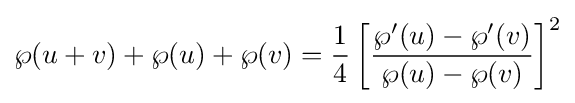
\wp (u+v)+\wp (u)+\wp (v)={\frac {1}{4}}\left[{\frac {\wp '(u)-\wp '(v)}{\wp (u)-\wp (v)}}\right]^{2}